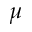
\mu